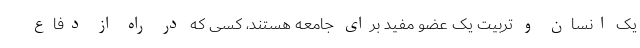
یک انسان و تربیت یک عضو مفید برای جامعه هستند، کسی که در راه از دفاع